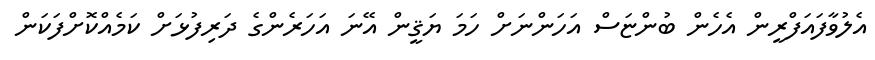
އެލުވާފައަފްރީން އެހެން ބުންޏަސް އަހަންނަށް ހަމަ ޔަޤީން އޭނަ އަހަރެންގެ ދަރިފުޅަށް ކަމެއްކޮށްފަކަން